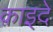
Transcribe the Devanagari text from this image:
क़ाइदे